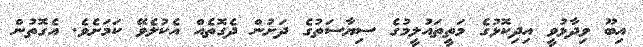
އިބޫ ވިދާޅުވީ އިދިކޮޅުގެ މަތީތައުލީމުގެ ސިޔާސަތުގެ ދަށުން ދެގޮތެއް އެކުލެވޭ ކަމަށެވެ. އެގޮތުން